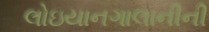
લોઇયાનગાલાનીની